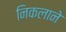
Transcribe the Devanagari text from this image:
निकलाने